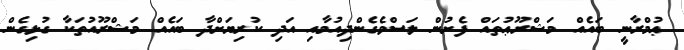
ޢުމްރާނީ ބައެއް މަޝްރޫޢުތައް ފެށުން ލަސްވެގެންދިއުމާއި އަދި ކުރިޔަށްދާ ބައެއް މަޝްރޫއުތަކާ ގުޅިގެން